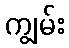
ကျွမ်း